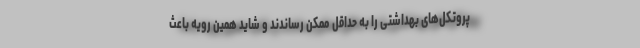
پروتکل‌های بهداشتی را به حداقل ممکن رساندند و شاید همین رویه باعث